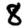
Digit: 8